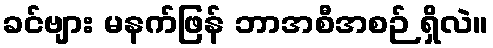
ခင်ဗျား မနက်ဖြန် ဘာအစီအစဉ် ရှိလဲ။